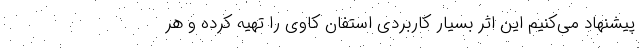
پیشنهاد می‌کنیم این اثر بسیار کاربردی استفان کاوی را تهیه کرده و هر